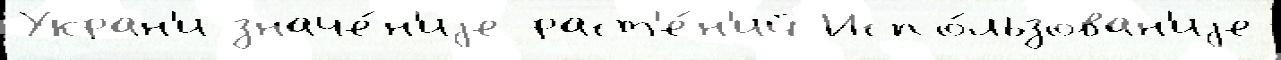
Укран'и значе́н'иjе раст'е́н'ий Испо́льзован'иjе